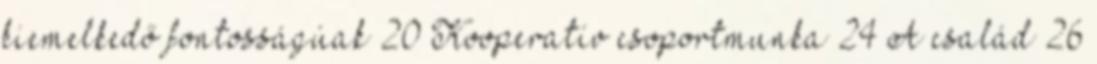
kiemelkedő fontosságúak 20 Kooperatív csoportmunka 24 A család 26